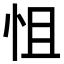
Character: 怚